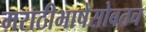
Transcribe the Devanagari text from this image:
मराठीभाषेसोबतच